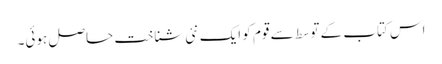
اس کتاب کے توسط سے قوم کو ایک نئی شناخت حاصل ہوئی۔